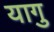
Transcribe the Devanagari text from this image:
यागु